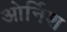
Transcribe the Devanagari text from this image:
ओर्निश